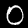
Label: 0